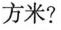
方米？